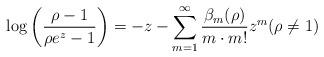
LaTeX: \begin{align*} \log \left( \frac{\rho -1}{\rho e^z -1} \right) = -z -\sum_{m=1}^\infty \frac{\beta_m(\rho)}{m \cdot m!} z^m (\rho \neq 1)\end{align*}